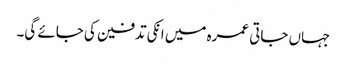
جہاں جاتی عمرہ میں انکی تدفین کی جائے گی۔